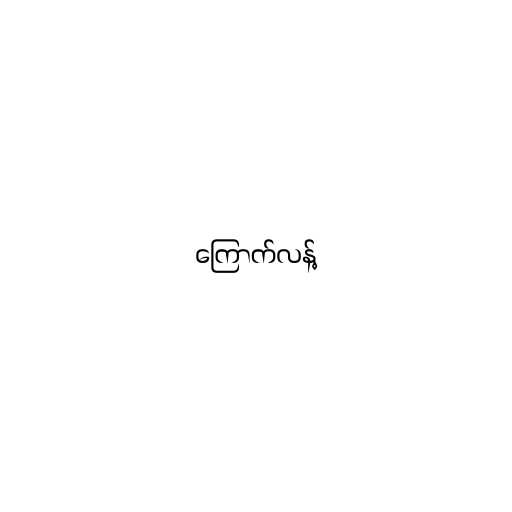
ကြောက်လန့်